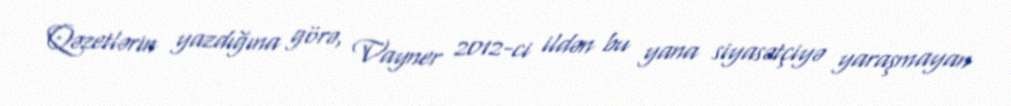
Qəzetlərin yazdığına görə, Vayner 2012-ci ildən bu yana siyasətçiyə yaraşmayan